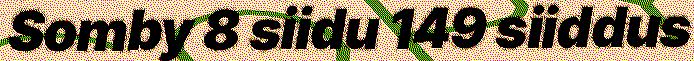
Somby 8 siidu 149 siiddus